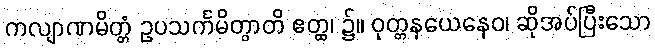
ကလျာဏမိတ္တံ ဥပသင်္ကမိတွာတိ ဧတ္ထ၊ ၌။ ဝုတ္တနယေနေဝ၊ ဆိုအပ်ပြီးသော